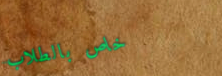
خاص بالطلاب